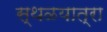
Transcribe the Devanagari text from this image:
स्थळयात्रा